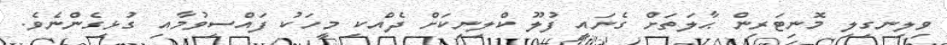
ވިލިނގިލި މޮނިޓަރިން ޙާލަތަށް ގެނައީ ފުލޫ ކްލިނިކަށް ދެއްކި މީހަކު ފައްސިވުމާއި ގުޅިގެންނެވެ.